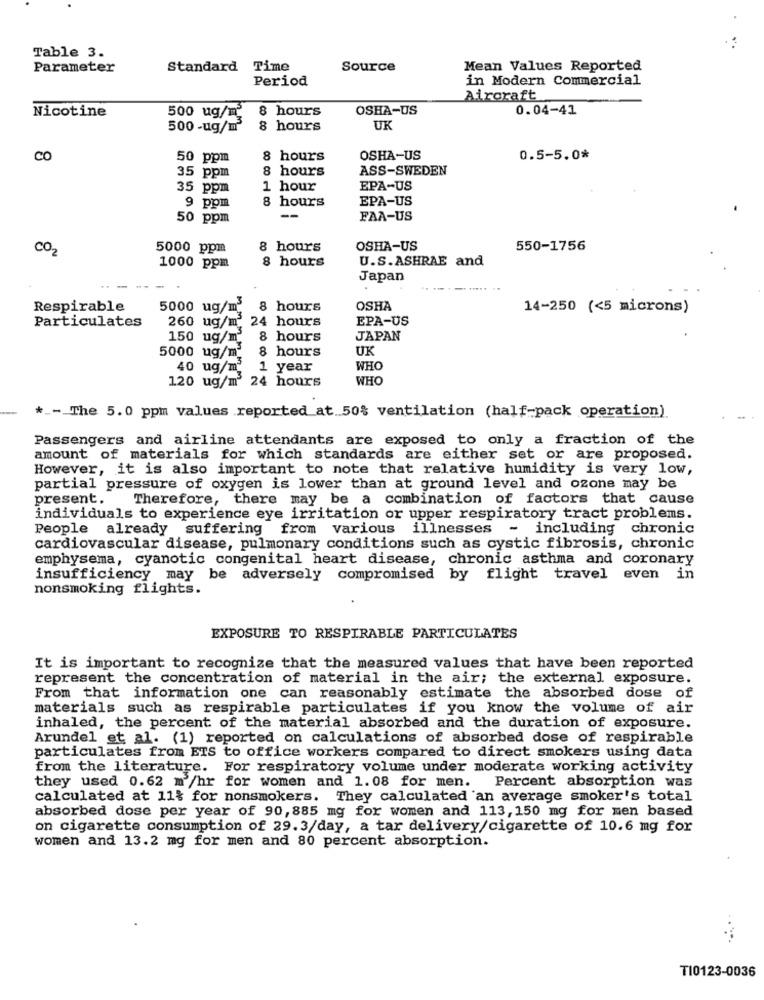
Table 3.
Parameter
Standard Time
Source
Mean Values Reported
Period
in Modern Commercial
Aircraft
Nicotine
500 ug/m
8 hours
OSHA-US
0.04-41
500 -ug/m
8 hours
UK
CO
50 ppm
8 hours
OSHA-US
0.5-5.0*
8 hours
ASS-SWEDEN
35 ppm
35 ppm
1 hour
EPA-US
8 hours
EPA-US
9 pom
50 ppm
--
FAA-US
CO2
5000 ppm
8 hours
OSHA-US
550-1756
8 hours
U.S.ASHRAE and
1000 ppm
Japan
Respirable
5000 ug/m3 8 hours
OSHA
14-250 (<5 microns)
Particulates
260 ug/m 24 hours
EPA-US
150 ug/m2 8 hours
JAPAN
5000 ug/m2
8 hours
UK
40 ug/m2
1 year
WHO
120 ug/m2 24 hours
WHO
*_- The 5.0 ppm values reported at.50% ventilation (half-pack operation)
Passengers and airline attendants are exposed to only a fraction of the
amount of materials for which standards are either set or are proposed.
However, it is also important to note that relative humidity is very low,
partial pressure of oxygen is lower than at ground level and ozone may be
present.
Therefore, there may be a combination of factors that cause
individuals to experience eye irritation or upper respiratory tract problems.
People already suffering from various illnesses - including chronic
cardiovascular disease, pulmonary conditions such as cystic fibrosis, chronic
emphysema, cyanotic congenital heart disease, chronic asthma and coronary
insufficiency may be adversely compromised by flight travel even in
nonsmoking flights.
EXPOSURE TO RESPIRABLE PARTICULATES
It is important to recognize that the measured values that have been reported
represent the concentration of material in the air; the external exposure.
From that information one can reasonably estimate the absorbed dose of
materials such as respirable particulates if you know the volume of air
inhaled, the percent of the material absorbed and the duration of exposure.
Arundel et al. (1) reported on calculations of absorbed dose of respirable
particulates from ETS to office workers compared to direct smokers using data
from the literature. For respiratory volume under moderate working activity
they used 0.62 m /hr for women and 1.08 for men. Percent absorption was
calculated at 11% for nonsmokers. They calculated an average smoker's total
absorbed dose per year of 90,885 mg for women and 113,150 mg for men based
on cigarette consumption of 29.3/day, a tar delivery/cigarette of 10.6 mg for
women and 13.2 mg for men and 80 percent absorption.
TI0123-0036